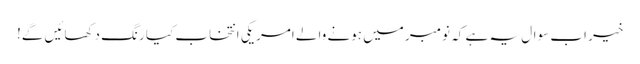
خیر اب سوال یہ ہے کہ نومبر میں ہونے والے امریکی انتخاب کیا رنگ دکھائیں گے!